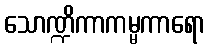
သောဏ္ဍိကာကမ္မကာရော